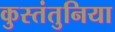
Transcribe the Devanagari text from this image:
कुस्तंतुनिया